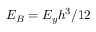
E _ { B } = E _ { y } h ^ { 3 } / 1 2